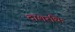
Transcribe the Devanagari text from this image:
दाशरथिः